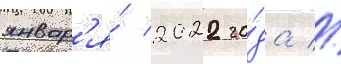
январ'я́ 2022 го́да //